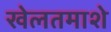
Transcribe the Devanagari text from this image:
खेलतमाशे